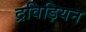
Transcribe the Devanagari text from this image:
द्रविड़ियन